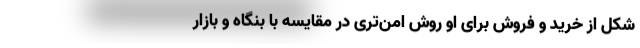
شکل از خرید و فروش برای او روش امن‌تری در مقایسه با بنگاه و بازار